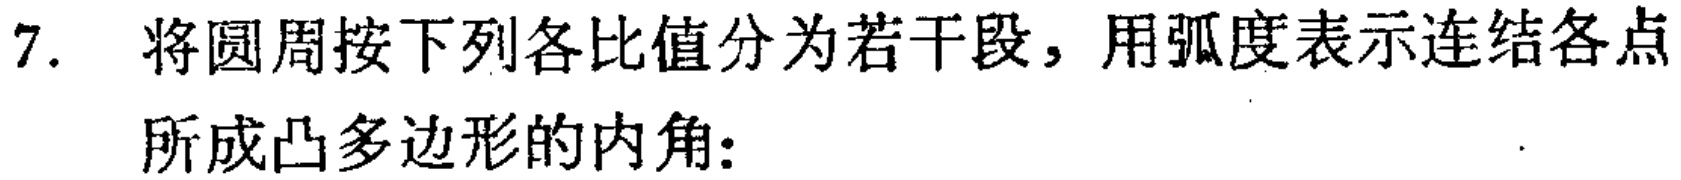
7. 将圆周按下列各比值分为若干段，用弧度表示连结各点所成凸多边形的内角: